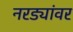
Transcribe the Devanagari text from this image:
नरड्यांवर